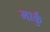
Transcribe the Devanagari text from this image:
मार्कु